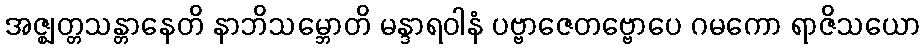
အဇ္ဈတ္တသန္တာနေတိ နာဘိသမ္ဘောတိ မန္ဒာရဝါနံ ပဗ္ဗာဇေတဗ္ဗောပေ ဂမကော ရာဇိသယော